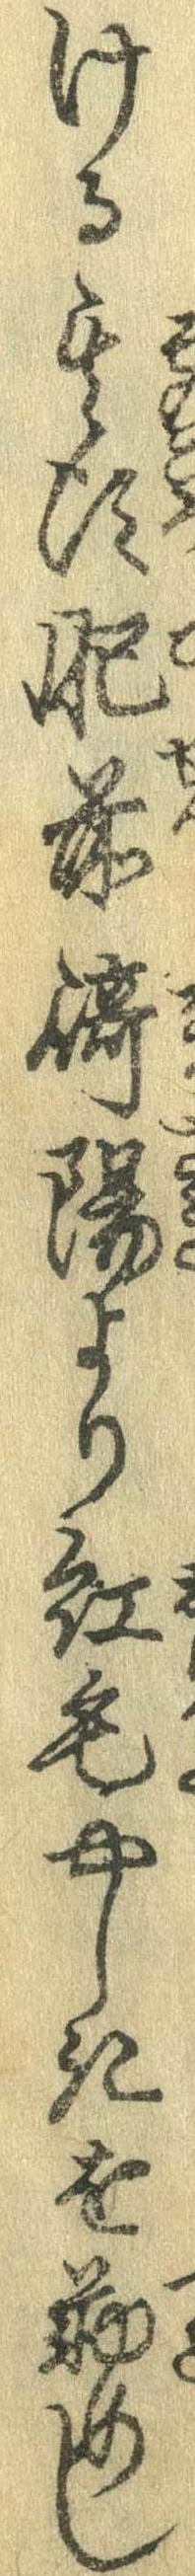
ける其頃肥前崎陽より紅毛やしきを勤めし